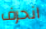
انحرف